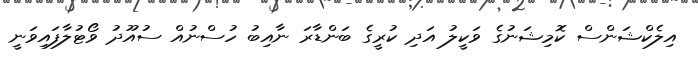
އިލެކްޝަންސް ކޮމިޝަނުގެ ވަކީލު އަދި ކުރީގެ ބަންޑާރަ ނާއިބު ހުސްނުއް ސުއޫދު ވޯޓުލާފައިވަނީ